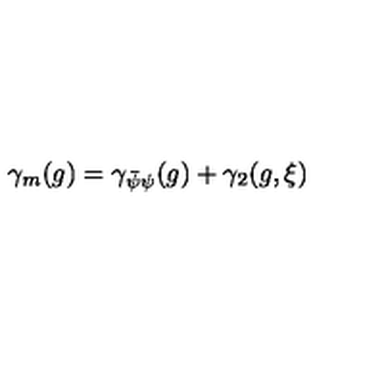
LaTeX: \gamma _ { m } ( g ) = \gamma _ { \bar { \psi } \psi } ( g ) + \gamma _ { 2 } ( g , \xi )